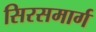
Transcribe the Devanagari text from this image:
सिरसमार्ग